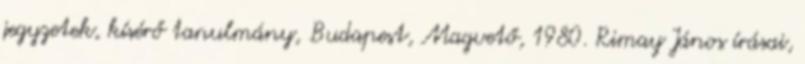
jegyzetek, kísérő tanulmány, Budapest, Magvető, 1980. Rimay János írásai,